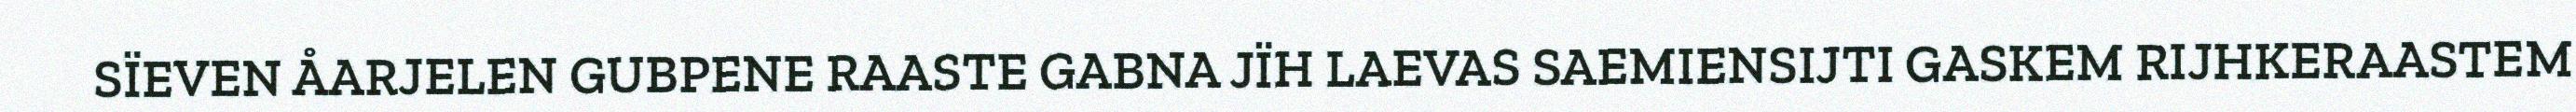
SÏEVEN ÅARJELEN GUBPENE RAASTE GABNA JÏH LAEVAS SAEMIENSIJTI GASKEM RIJHKERAASTEM